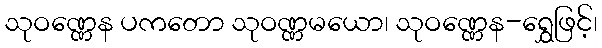
သုဝဏ္ဏေန ပကတော သုဝဏ္ဏမယော၊ သုဝဏ္ဏေန-ရွှေဖြင့်၊